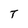
Character: T